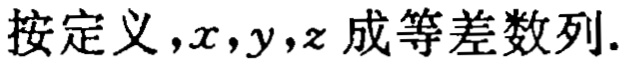
按定义，\(x,y,z\) 成等差数列.